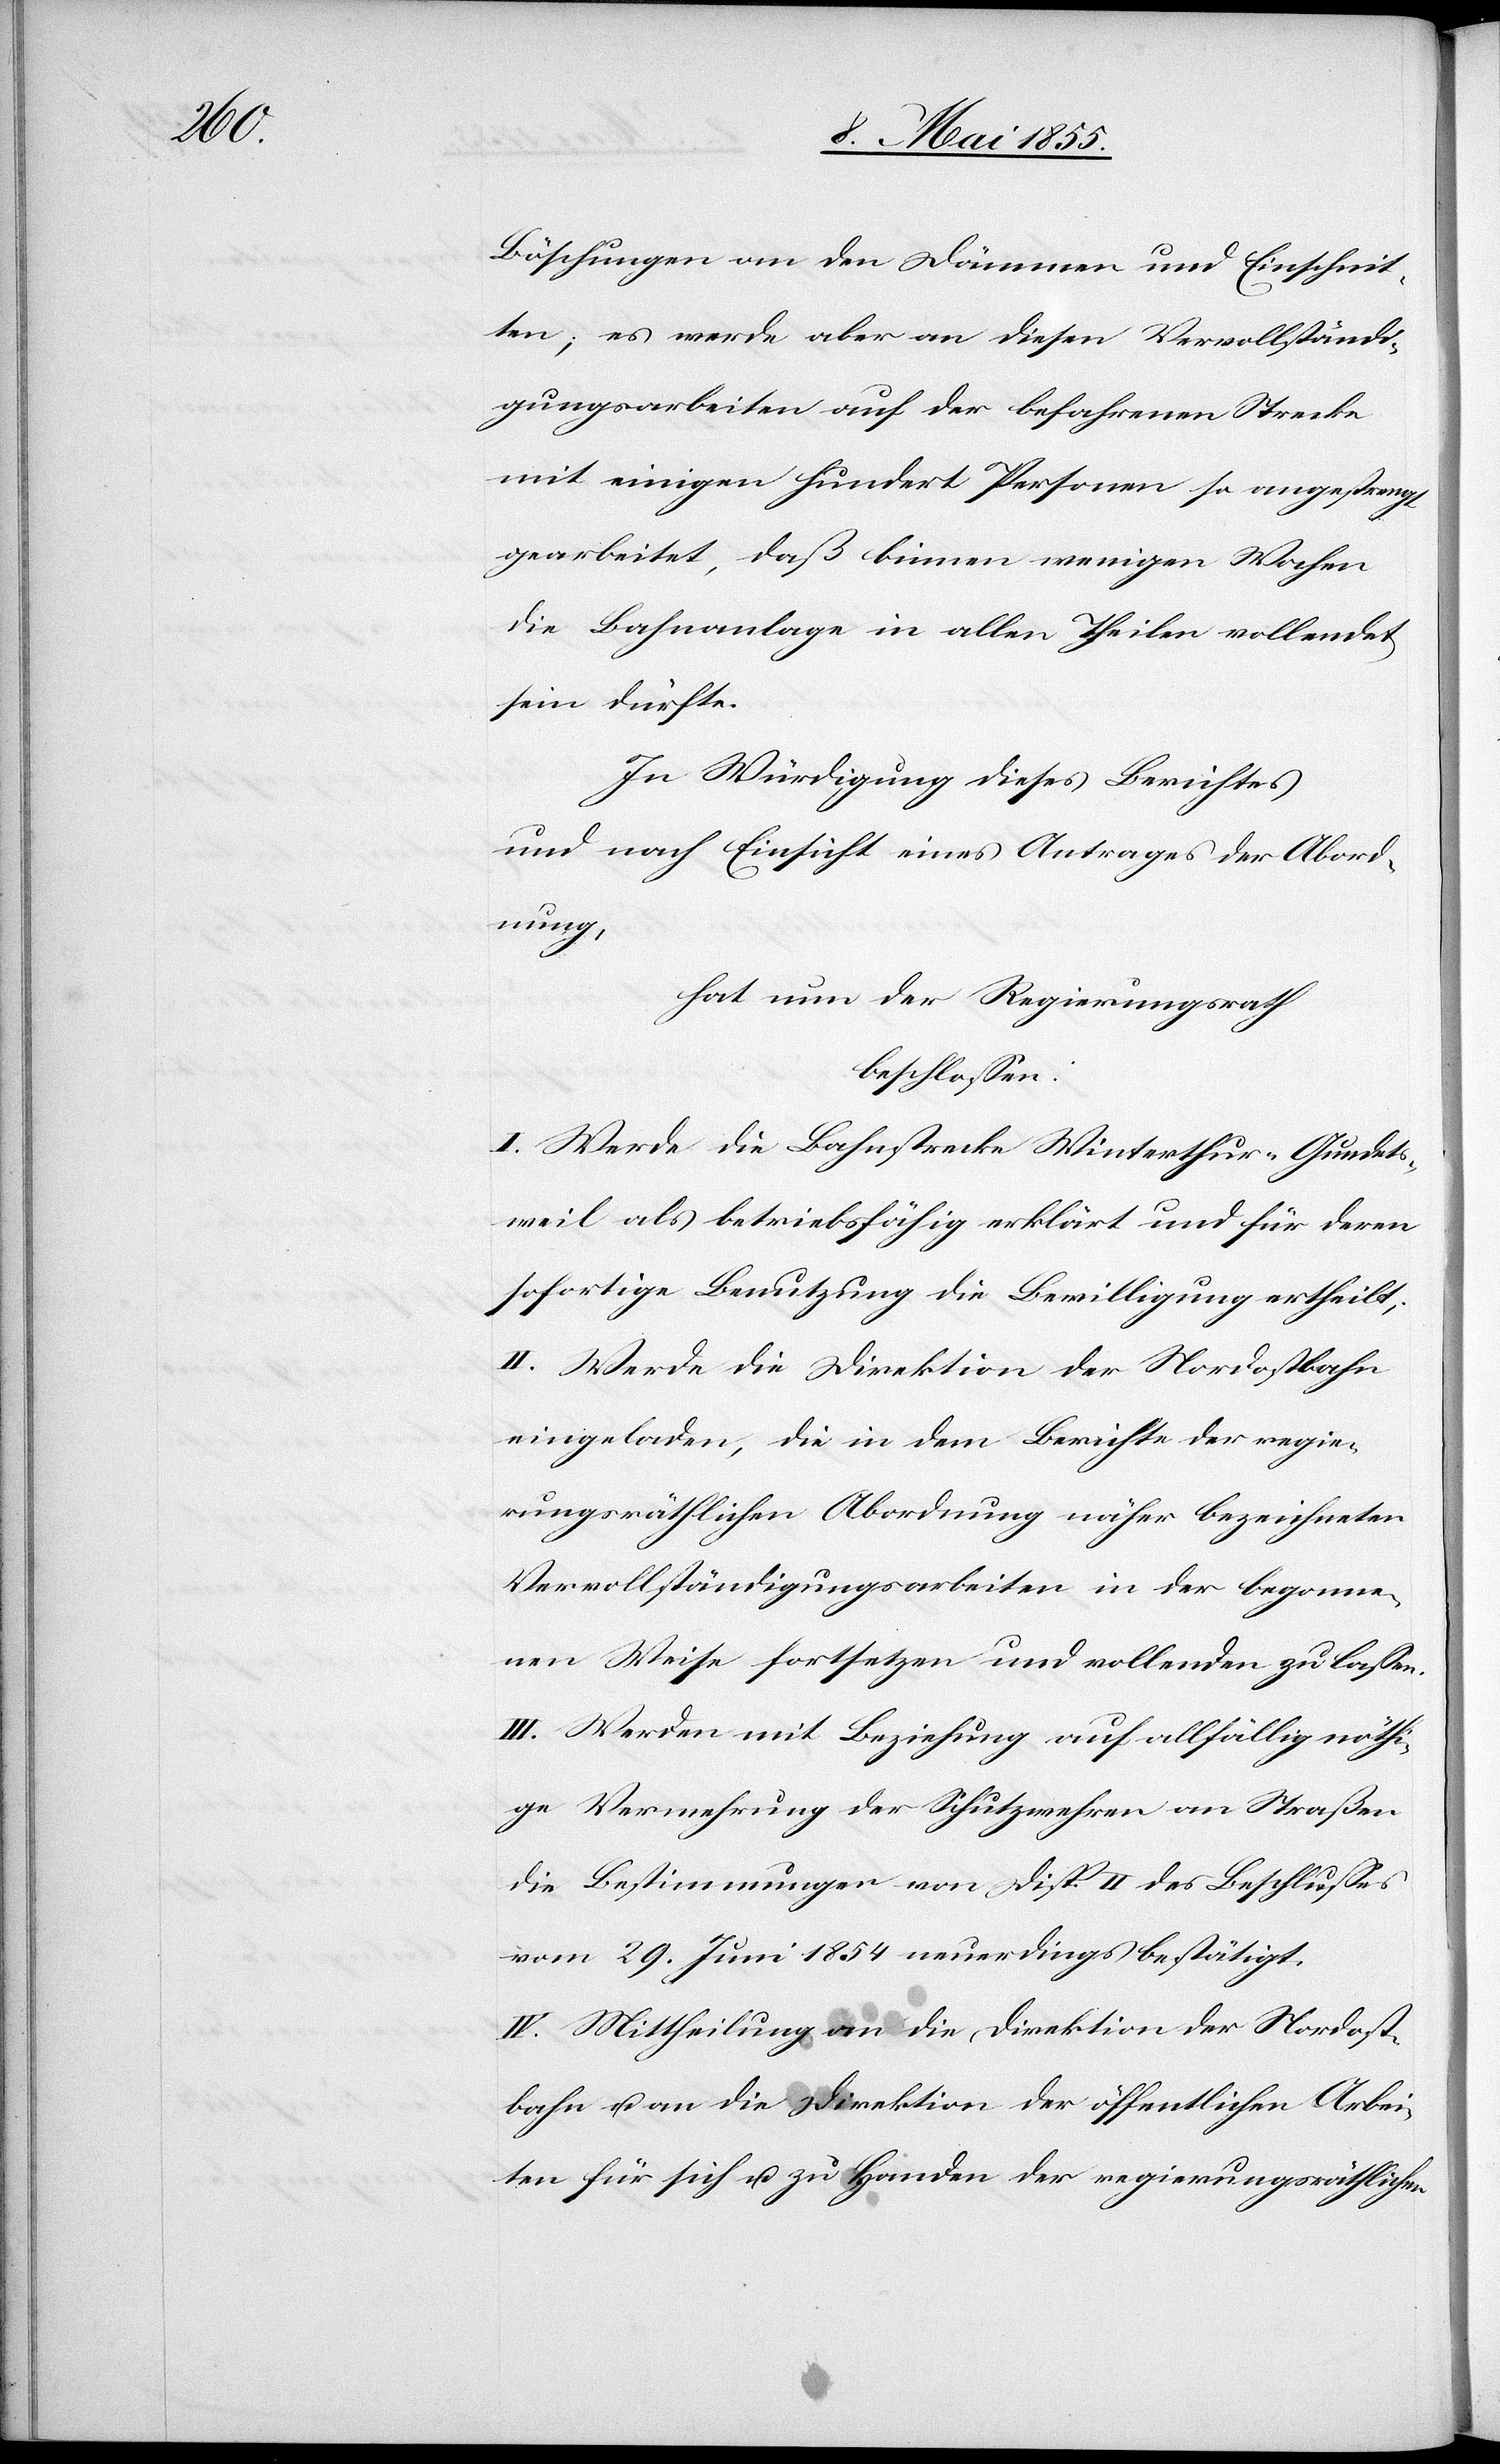
Böschungen an den Dämmen und Einschnit¬
ten; es werde aber an diesen Vervollständi¬
gungsarbeiten auf der befahrenen Strecke
mit einigen hundert Personen so angestrengt
gearbeitet, daß binnen wenigen Wochen
die Bahnanlage in allen Theilen vollendet
sein dürfte.
In Würdigung dieses Berichtes
und nach Einsicht eines Antrages der Abord¬
nung,
hat nun der Regierungsrath
beschlossen:
I. Werde die Bahnstrecke Winterthur–Gundets¬
weil als betriebsfähig erklärt und für deren
sofortige Benutzung die Bewilligung ertheilt;
II. Werde die Direktion der Nordostbahn
eingeladen, die in dem Berichte der regie¬
rungsräthlichen Abordnung näher bezeichneten
Vervollständigungsarbeiten in der begonne¬
nen Weise fortsetzen und vollenden zu lassen.
III. Werden mit Beziehung auf allfällig nöthi¬
ge Vermehrung der Schutzwehren an Straßen
die Bestimmungen von Disp. II des Beschlusses
vom 29. Juni 1854 neuerdings bestätigt.
IV. Mittheilung an die Direktion der Nordost¬
bahn u. an die Direktion der öffentlichen Arbei¬
ten für sich u. zu Handen der regierungsräthlichen